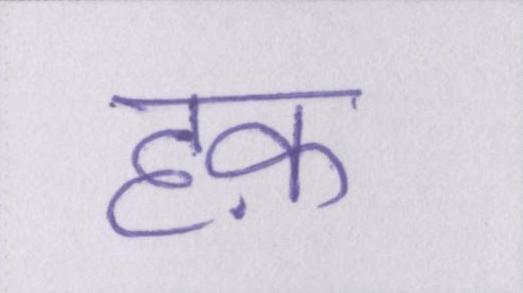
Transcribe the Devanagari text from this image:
हक़